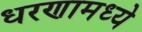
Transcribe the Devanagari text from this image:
धरणामध्ये